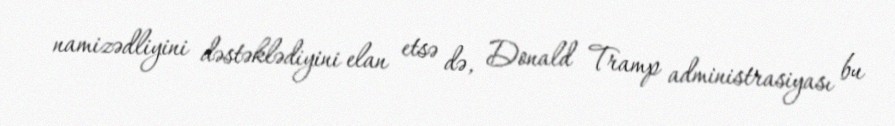
namizədliyini dəstəklədiyini elan etsə də, Donald Tramp administrasiyası bu